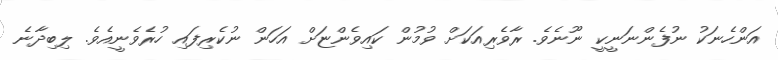
އަންހެނަކު ނުފެންނަނީކީ ނޫނެވެ. ރާވެރިއަކަށް ވުމުން ކައިވެންޏަށް އަހަން ނުކެރިފައި ހުރެވެނީއެވެ. ލިބިދާނެ